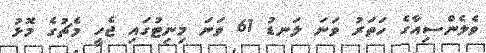
ވެލެންސިއާގެ ހަތަރު ވަނަ ލަނޑު 61 ވަނަ މިނިޓުގައި ޖެހީ މެޗުގެ މޮޅު